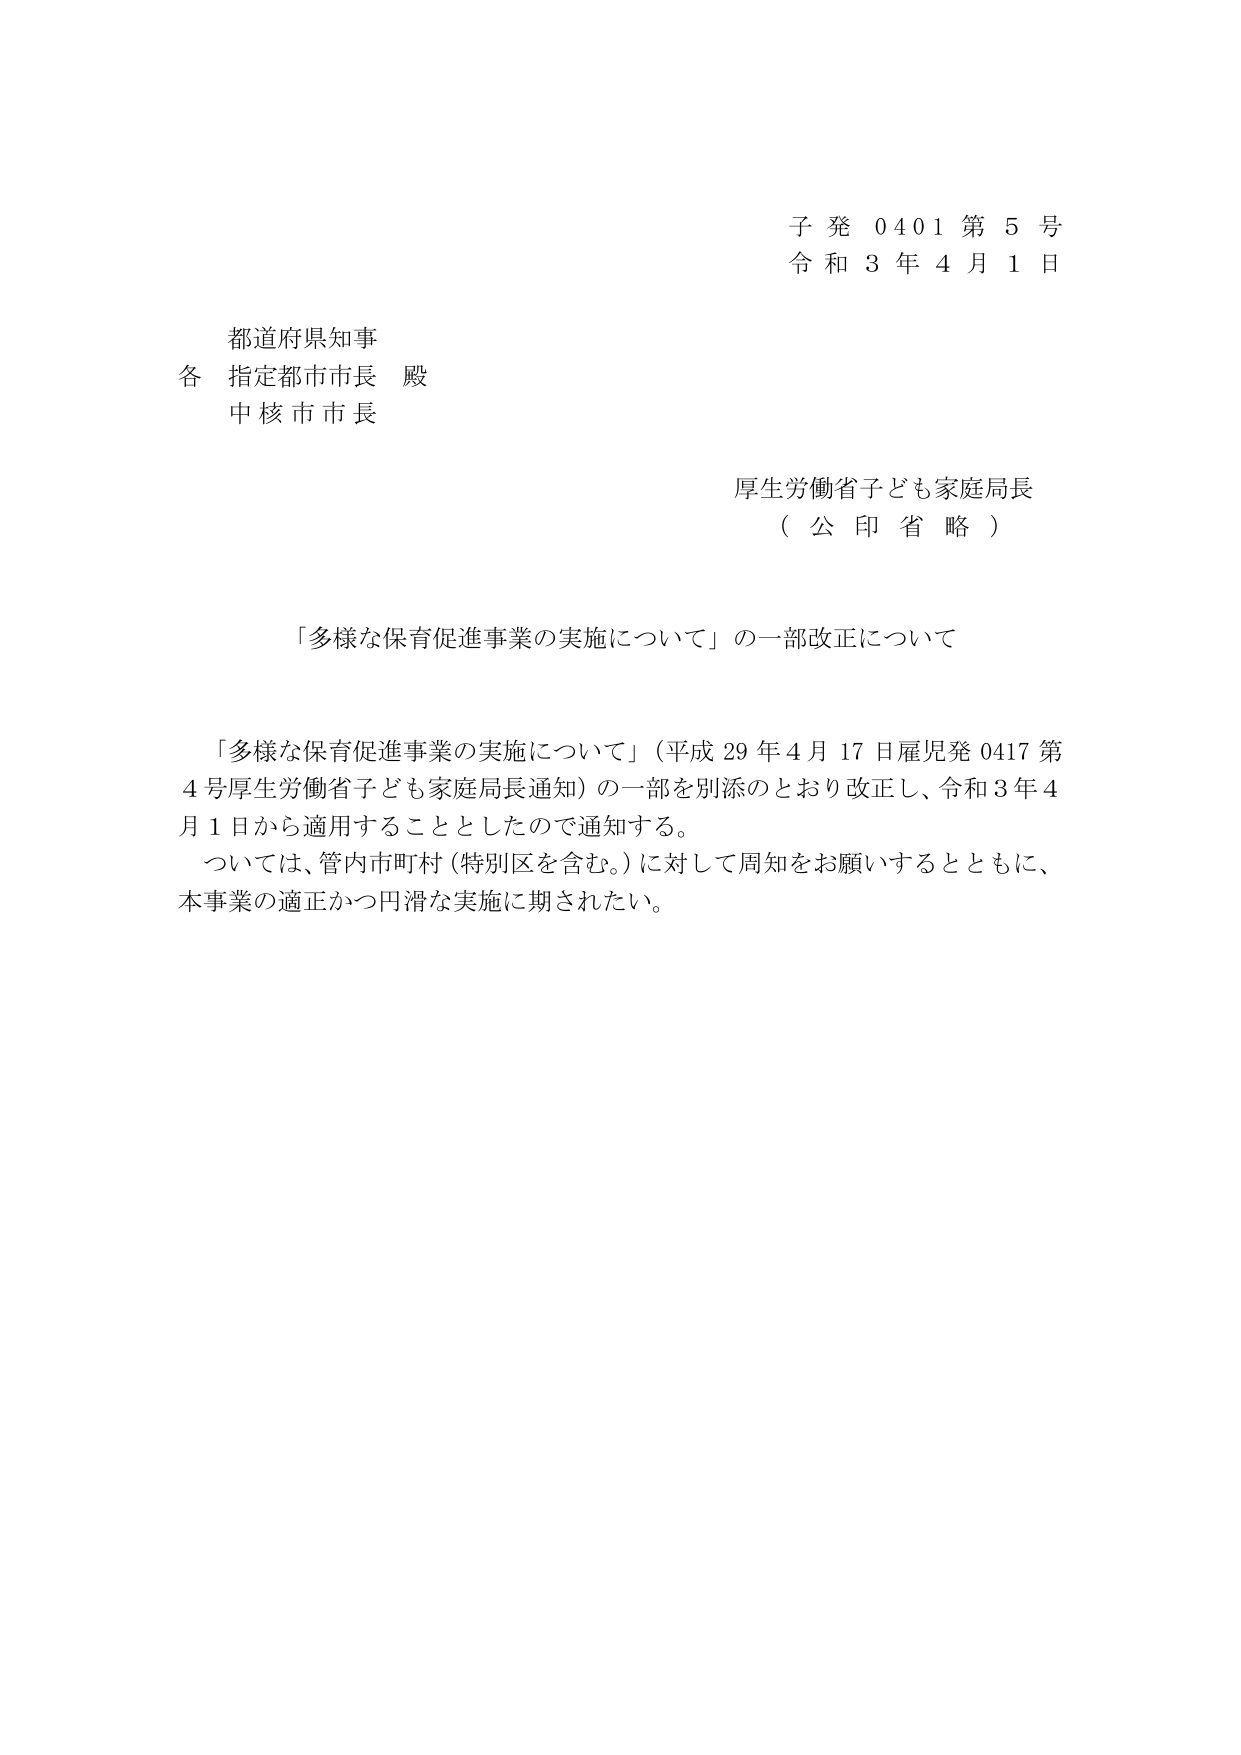
子発 0401 第5号
令和3年4月1日

都道府県知事
各 指定都市市長 殿
中核市市長

厚生労働省子ども家庭局長
（公印省略）

「多様な保育促進事業の実施について」の一部改正について

「多様な保育促進事業の実施について」（平成29年4月17日雇児発0417第4号厚生労働省子ども家庭局長通知）の一部を別添のとおり改正し、令和3年4月1日から適用することとしたので通知する。
ついては、管内市町村（特別区を含む。）に対して周知をお願いするとともに、本事業の適正かつ円滑な実施に期されたい。